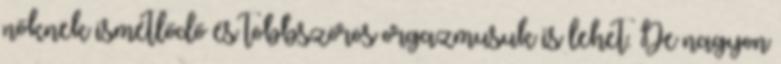
nőknek ismétlődő és többszörös orgazmusuk is lehet. De nagyon